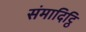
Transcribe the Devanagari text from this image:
संमादिट्ठि